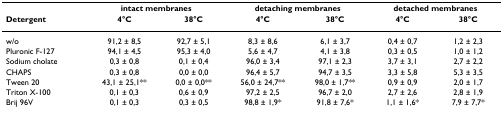
<table><thead><tr><td></td><td colspan="2"><b>intact membranes</b></td><td colspan="2"><b>detaching membranes</b></td><td colspan="2"><b>detached membranes</b></td></tr><tr><td><b>Detergent</b></td><td><b>4°C</b></td><td><b>38°C</b></td><td><b>4°C</b></td><td><b>38°C</b></td><td><b>4°C</b></td><td><b>38°C</b></td></tr></thead><tbody><tr><td>w/o</td><td>91,2 ± 8,5</td><td>92,7 ± 5,1</td><td>8,3 ± 8,6</td><td>6,1 ± 3,7</td><td>0,4 ± 0,7</td><td>1,2 ± 2,3</td></tr><tr><td>Pluronic F-127</td><td>94,1 ± 4,5</td><td>95,3 ± 4,0</td><td>5,6 ± 4,7</td><td>4,1 ± 3,8</td><td>0,3 ± 0,5</td><td>1,0 ± 1,2</td></tr><tr><td>Sodium cholate</td><td>0,3 ± 0,8</td><td>0,1 ± 0,4</td><td>96,0 ± 3,4</td><td>97,1 ± 2,3</td><td>3,7 ± 3,1</td><td>2,7 ± 2,2</td></tr><tr><td>CHAPS</td><td>0,3 ± 0,8</td><td>0,0 ± 0,0</td><td>96,4 ± 5,7</td><td>94,7 ± 3,5</td><td>3,3 ± 5,8</td><td>5,3 ± 3,5</td></tr><tr><td>Tween 20</td><td>43,1 ± 25,1**</td><td>0,0 ± 0,0**</td><td>56,0 ± 24,7**</td><td>98,0 ± 1,7**</td><td>0,9 ± 0,9</td><td>2,0 ± 1,7</td></tr><tr><td>Triton X-100</td><td>0,1 ± 0,3</td><td>0,6 ± 0,9</td><td>97,2 ± 2,5</td><td>96,7 ± 2,0</td><td>2,7 ± 2,6</td><td>2,8 ± 1,9</td></tr><tr><td>Brij 96V</td><td>0,1 ± 0,3</td><td>0,3 ± 0,5</td><td>98,8 ± 1,9*</td><td>91,8 ± 7,6*</td><td>1,1 ± 1,6*</td><td>7,9 ± 7,7*</td></tr></tbody></table>